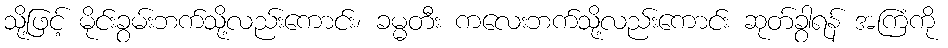
သို့ဖြင့် မိုင်းခွမ်းဘက်သို့လည်းကောင်း၊ ခမ္မတီး ကလေးဘက်သို့လည်းကောင်း ဆုတ်ခွာရန် အကြံကို